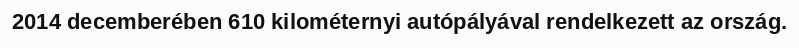
2014 decemberében 610 kilométernyi autópályával rendelkezett az ország.